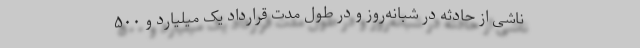
ناشی از حادثه در شبانه‌روز و در طول مدت قرارداد یک میلیارد و ۵۰۰